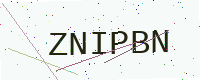
Text: ZNIPBN